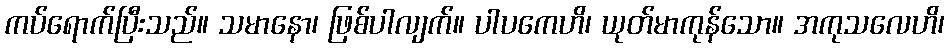
ကပ်ရောက်ပြီးသည်။ သမာနော၊ ဖြစ်ပါလျက်။ ပါပကေဟိ၊ ယုတ်မာကုန်သော။ အကုသလေဟိ၊